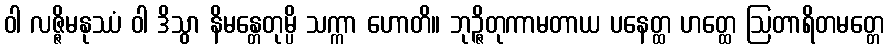
ဝါ လဇ္ဇိမနုဿံ ဝါ ဒိသွာ နိမန္တေတုမ္ပိ သက္ကာ ဟောတိ။ ဘုဉ္ဇိတုကာမတာယ ပနေတ္ထ ဟတ္ထေ ဩတာရိတမတ္တေ